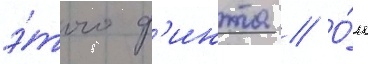
э́того ф'инта // О́н